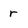
Character: r